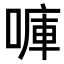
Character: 𠺟